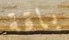
باقة